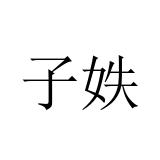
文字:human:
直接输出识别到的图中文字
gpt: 子妷